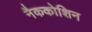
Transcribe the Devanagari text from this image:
नैककोशिन